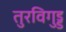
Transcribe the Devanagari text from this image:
तुरविगुड्ड